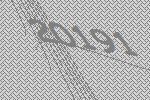
20191